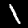
Digit: 1